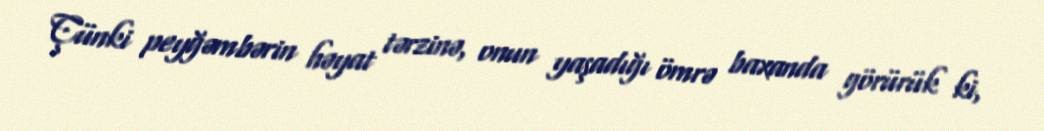
Çünki peyğəmbərin həyat tərzinə, onun yaşadığı ömrə baxanda görürük ki,